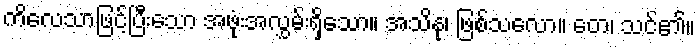
ကိလေသာဖြင့်ပြီးသော အဖုံးအလွှမ်းရှိသော။ အသိနု၊ ဖြစ်သလော။ တေ၊ သင်၏။